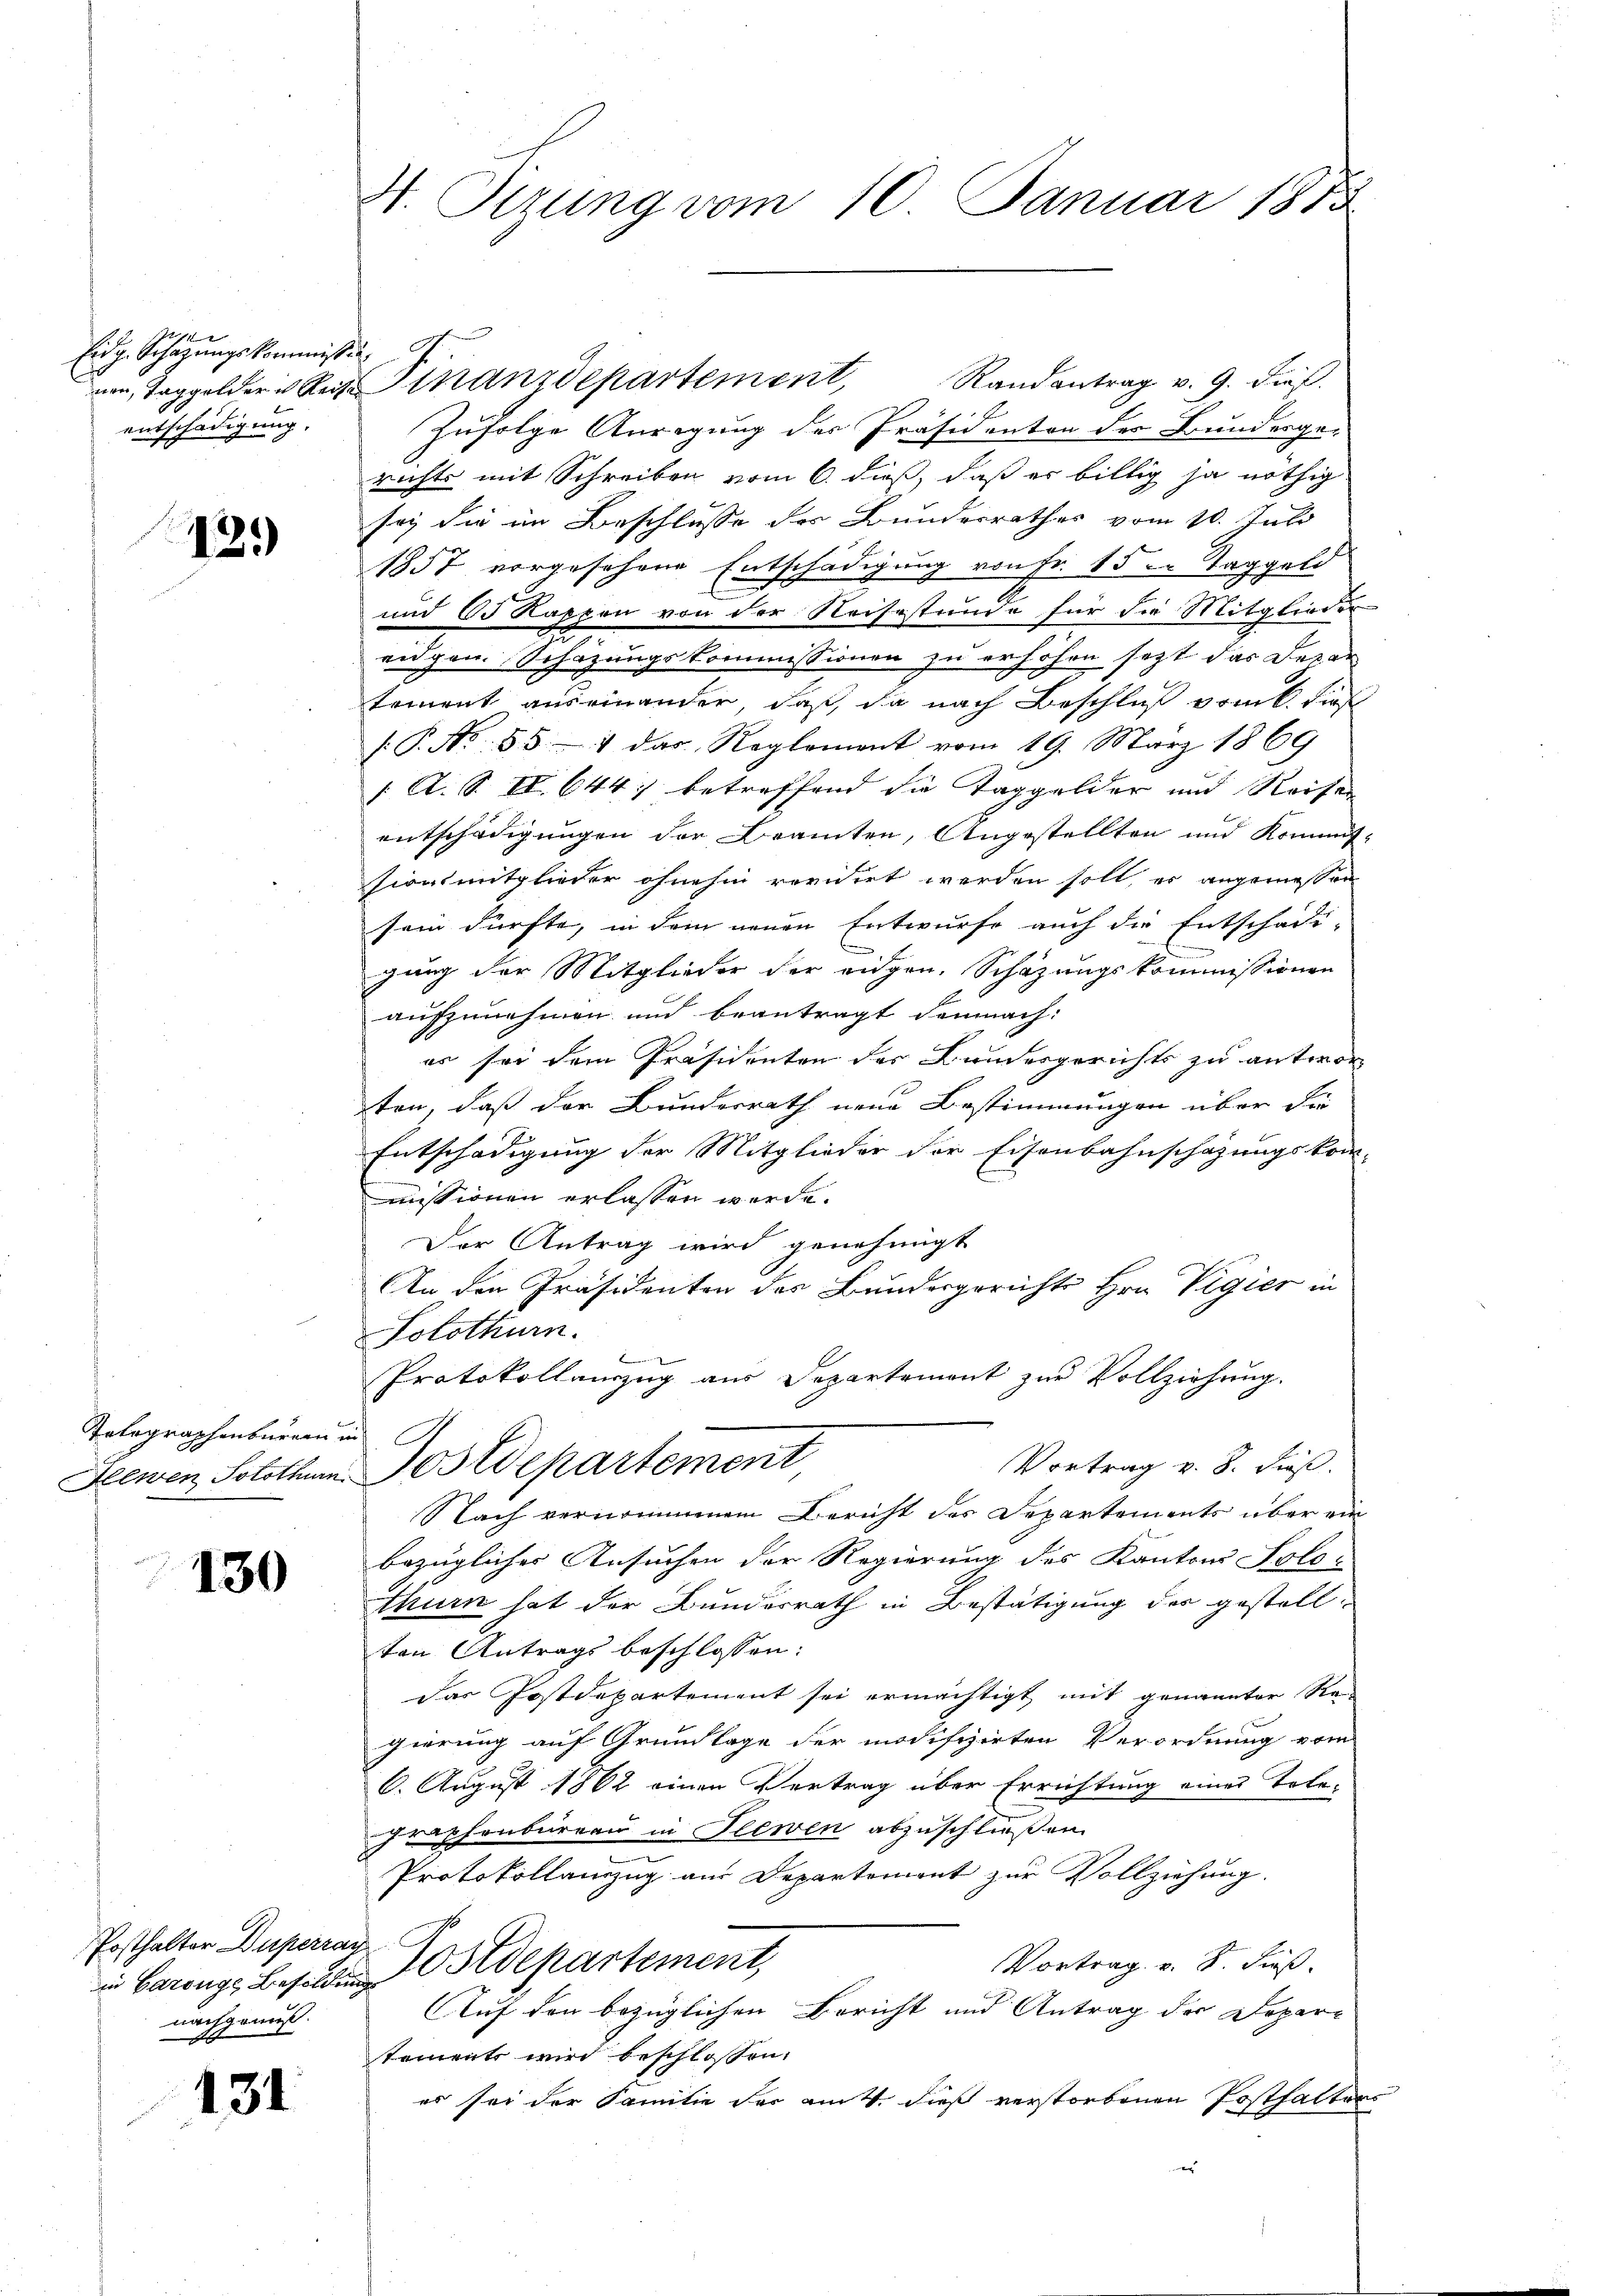
Eidg. Schazungskommissin,
entschädigung.

429)

Telegraphenbureau in

130

Posthalter Duperran
nachgenuß.

131

H. Sitzung vom 10. Januar 1873

von, Toggelder Reit. Finanzdepartement, Randantrag v. 9. dieß.
Zufolge Anregung der Präsidenten der Bundesgerichts mit Schreiben vom 6. dieß, daß er billig ja nöthig
sey die im Beschlusse der Bundesrathes vom 10. Juli
1857 vorgesehene Entschädigung von Fr. 15 in Taggeld
und Od Kappen von der Reisestunde für die Mitglieder
eidgen. Schazungskommissionen zu erhöhen sezt das Depar
tement auseinander, daß, da nach Beschluß vom k. Fies
[.P. Nr. 85. 4 das Reglement vom 19. März 1869
/A. S. II. 644) betreffend die Taggelder und Reifen
entschädigungen der Beamten, Angestellten und Kommitsionsmitglieder ohnehin revidirt werden soll, es angemessen
sein dürfte, in dem neuen Entwurfe auch die Entschädi-
gung der Mitglieder der eidgen. Schazungskommissionen
aufzunehmen und beantragt demnach:
es sei dem Präsidenten des Bundesgerichts zu antwor
ten, daß der Bundesrath neue Bestimmungen über die
Entschädigung der Mitglieder der Eisenbahnschafungskom-
missionen erlassen werde.
Der Antrag wird genehmigt
An den Präsidenten des Bundesgerichts Hrn. Vigier in
Solothurn.
Protokollauszug aus Departement zur Vollziehung.
Vortrag v. 8. dieß.
Seewen Solothurn Postdepartement
Nach vernommenen Bericht des Departements über ein
bezügliches Ansuchen der Regierung des Kantons Solo-
thurn hat der Bundesrath in Bestätigung der gestellten Antrags beschlossen:
Das Postdepartement sei ermächtigt, mit genannter Re-
gierung auf Grundlage der modifizirten Verordnung vom
6. August 1862 einen Vertrag über Errichtung eines Tote-
graphenbureau in Flewen abzuschließen.
Protokollanzug aus Departement zur Vollziehung.
Vortrag u. S. Fieß.
in Baronge Besolden Ostdepartement,
Auf den bezüglichen Bericht und Antrag der Depare
tements wird beschlossen:
es sei der Familie der am 4. dieß verstorbenen Posthalters
e